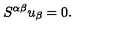
S ^ { \alpha \beta } u _ { \beta } = 0 .